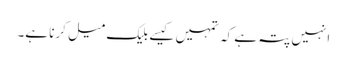
انہیں پتہ ہے کہ تمہیں کیسے بلیک میل کرنا ہے۔